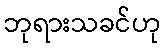
ဘုရားသခင်ဟု